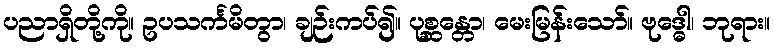
ပညာရှိတို့ကို။ ဥပသင်္ကမိတွာ၊ ချဉ်းကပ်၍။ ပုစ္ဆန္တော၊ မေးမြန်းသော်။ ဗုဒ္ဓေါ၊ ဘုရား။